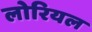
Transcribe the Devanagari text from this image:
लोरियल